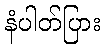
နံပါတ်ပြား